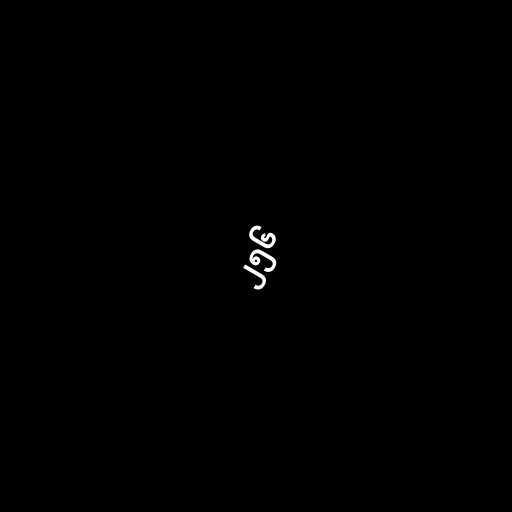
၂၅၆